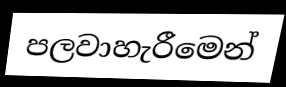
පලවාහැරීමෙන්